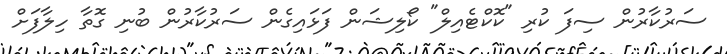
ސަރުކާރުން ސިފަ ކުރި "ކޮކްޓެއިލް" ކޯލިޝަން ފަޅައިގެން ސަރުކާރުން ބުނި ގޮތާ ހިލާފަށް